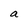
Character: a